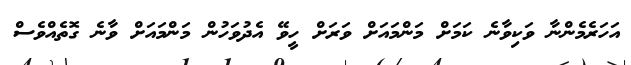
އަހަރެމެންނާ ވަކިވާނެ ކަމަށް މަންމައަށް ވަރަށް ހީވޭ އެދުވަހުން މަންމައަށް ވާނެ ގޮތެއްވެސް